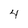
Character: 4